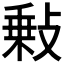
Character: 𢾦